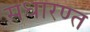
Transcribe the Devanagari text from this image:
सधारण्त